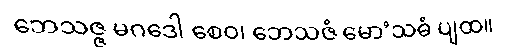
ဘေသဇ္ဇ မဂဒေါ စေဝ၊ ဘေသဇံ မော’သဓံ ပျထ။